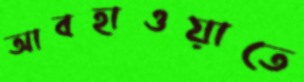
আবহাওয়াতে